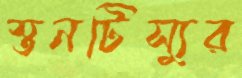
স্তনটিস্যুর